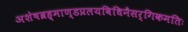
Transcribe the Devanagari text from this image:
अशेषब्रह्माण्डप्रलयविधिनैसर्गिकमतिः